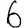
Digit: 6